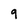
Character: 9